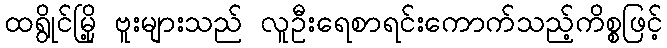
ထရွိုင်မြို့ ဗူးများသည် လူဦးရေစာရင်းကောက်သည့်ကိစ္စဖြင့်